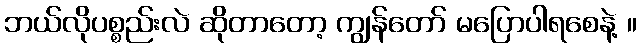
ဘယ်လိုပစ္စည်းလဲ ဆိုတာတော့ ကျွန်တော် မပြောပါရစေနဲ့ ။